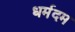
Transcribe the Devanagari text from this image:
धर्मदम